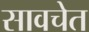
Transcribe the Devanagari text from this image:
सावचेत